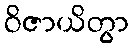
ဝိဇာယိတွာ